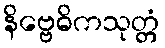
နိဗ္ဗေဓိကသုတ္တံ